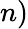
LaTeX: n)